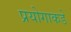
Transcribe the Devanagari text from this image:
प्रयोगाकडे